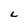
Character: L